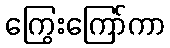
ကြွေးကြော်ကာ